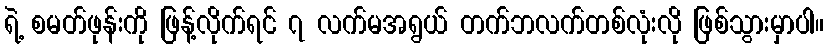
ရဲ့ စမတ်ဖုန်းကို ဖြန့်လိုက်ရင် ၇ လက်မအရွယ် တက်ဘလက်တစ်လုံးလို ဖြစ်သွားမှာပါ။